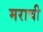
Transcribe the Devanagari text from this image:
मराची